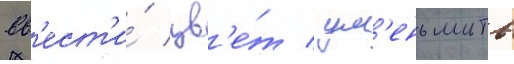
вв'ест'и́ цв'е́т / ум'еньшить